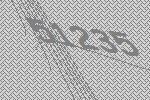
51235